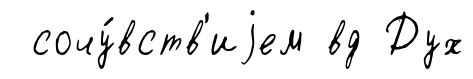
сочу́вств'иjем вд Дух